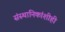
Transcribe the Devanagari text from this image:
संस्‍थानिकांशीही